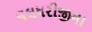
લઘધરીજીના